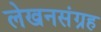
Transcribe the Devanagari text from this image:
लेखनसंग्रह